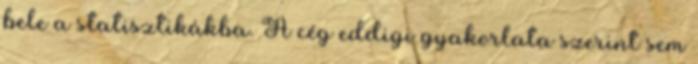
bele a statisztikákba. A cég eddigi gyakorlata szerint sem